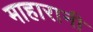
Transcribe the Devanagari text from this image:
माहारानी